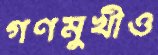
গণমুখীও